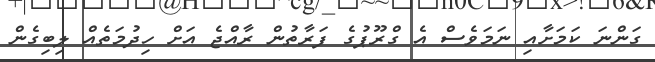
ގަންނަ ކަމަށާއި ނަމަވެސް އެ ގްރޫޕުގެ ފަރާތުން ރާއްޖެ އަށް ހިދުމަތެއް ލިބިގެން